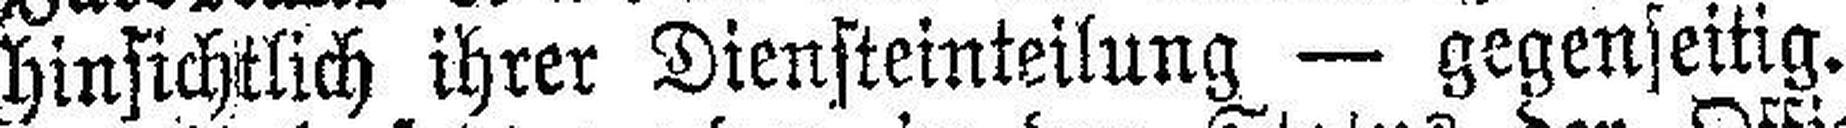
hinsichtlich ihrer Diensteinteilung — gegenseitig.